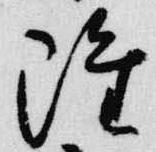
雖